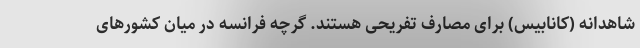
شاهدانه (کانابیس) برای مصارف تفریحی هستند. گرچه فرانسه در میان کشورهای